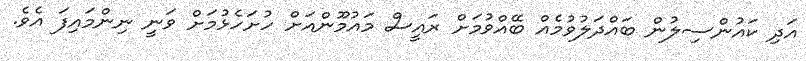
އަދި ކައުންސިލުން ބައްދަލުވުމެއް ބޭއްވުމަށް ރައީސް މައުމޫންއަށް ހުށަހެޅުމަށް ވަނީ ނިންމައިފަ އެވެ.